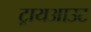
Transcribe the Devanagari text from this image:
ट्रायआउट